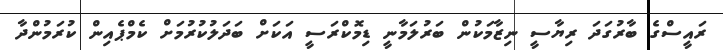
ރައީސްގެ ބާރުގަދަ ރިޔާސީ ނިޒާމަކުން ބަރުލަމާނީ ޑިމޮކްރަސީ އަކަށް ބަދަލުކުރުމަށް ކެމްޕެއިން ކުރަމުންދާ